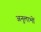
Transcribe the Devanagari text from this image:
अनुलाभों